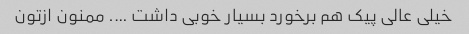
خیلی عالی پیک هم برخورد بسیار خوبی داشت …. ممنون ازتون